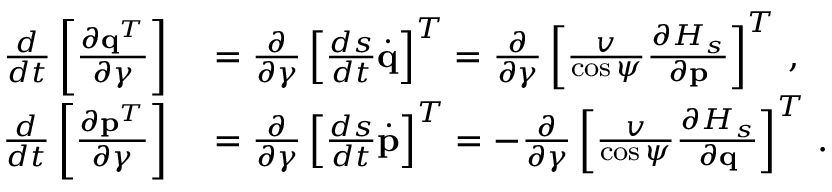
\begin{array} { r l } { \frac { d } { d t } \left[ \frac { \partial { \bf q } ^ { T } } { \partial \boldsymbol { \gamma } } \right] } & { { } = \frac { \partial } { \partial \boldsymbol { \gamma } } \left[ \frac { d s } { d t } \dot { \bf q } \right] ^ { T } = \frac { \partial } { \partial \boldsymbol { \gamma } } \left[ \frac { v } { \cos \psi } \frac { \partial { \cal H } _ { s } } { \partial { \bf p } } \right] ^ { T } \, , } \\ { \frac { d } { d t } \left[ \frac { \partial { \bf p } ^ { T } } { \partial \boldsymbol { \gamma } } \right] } & { { } = \frac { \partial } { \partial \boldsymbol { \gamma } } \left[ \frac { d s } { d t } \dot { \bf p } \right] ^ { T } = - \frac { \partial } { \partial \boldsymbol { \gamma } } \left[ \frac { v } { \cos \psi } \frac { \partial { \cal H } _ { s } } { \partial \bf { q } } \right] ^ { T } \, . } \end{array}